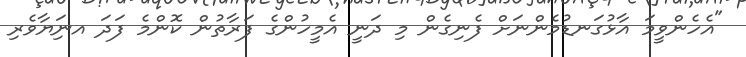
"އެހެންވީމަ އާޅުގަނޑުމެންނަށް ފެނިގެން މި ދަނީ އެމީހުންގެ ފަރާތުން ކޮންމެ ފަދަ އނަިޔާވެރި